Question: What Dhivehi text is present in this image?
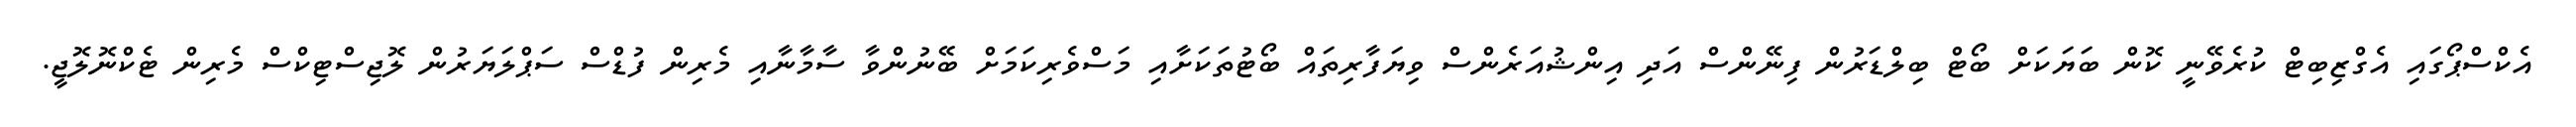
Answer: އެކްސްޕޯގައި އެގްޒިބިޓް ކުރެވޭނީ ކޮން ބަޔަކަށް ބޯޓް ބިލްޑަރުން ފިނޭންސް އަދި އިންޝުއަރެންސް ވިޔަފާރިތައް ބޯޓުތަކަށާއި މަސްވެރިކަމަށް ބޭނުންވާ ސާމާނާއި މެރިން ފުޑްސް ސަޕްލަޔަރުން ލޮޖިސްޓިކްސް މެރިން ޓެކްނޮލޮޖީ.